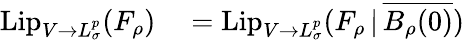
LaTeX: \begin{array}{rl}{\mathrm{Lip}_{V\to L_{\sigma}^{p}}(F_{\rho})}&{{}=\mathrm{Lip}_{V\to L_{\sigma}^{p}}(F_{\rho}\, |\, \overline{{B_{\rho}(0)}})}\end{array}